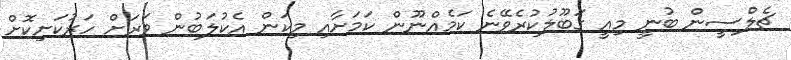
ޗެލްސީން ބުނީ މިއީ ގަބޫލުކުރެވޭނެ ކަމެއްނޫން ކަމަށާއި މިކަން އެކުލަބުން ވަރަށް ހަރުކަށިކޮށް